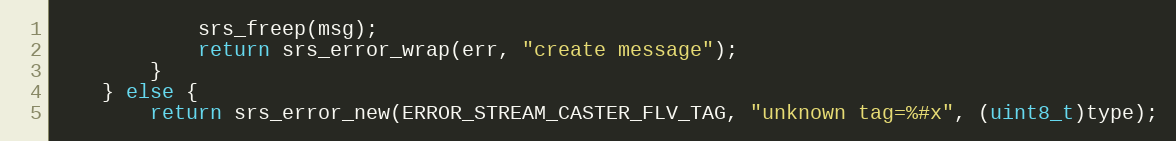
Language: C++
            srs_freep(msg);
            return srs_error_wrap(err, "create message");
        }
    } else {
        return srs_error_new(ERROR_STREAM_CASTER_FLV_TAG, "unknown tag=%#x", (uint8_t)type);